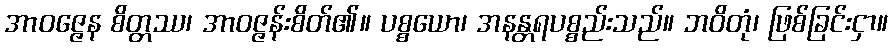
အာဝဇ္ဇေန စိတ္တဿ၊ အာဝဇ္ဇန်းစိတ်၏။ ပစ္စယော၊ အနန္တရပစ္စည်းသည်။ ဘဝိတုံ၊ ဖြစ်ခြင်းငှာ။